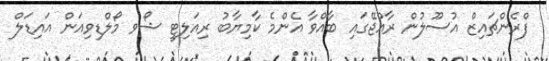
ފްރެންޗައިޒް އުސޫލުން ރާއްޖޭގައި ބާއްވާ އެންމެ ކާމިޔާބު ރިއަލިޓީ ޝޯވ މޯލްޑިވިއަން އައިޑަލް